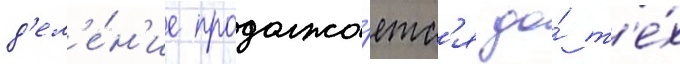
д'ел'е́н'ие продолжа́етс'я до́ т'е́х